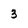
Character: 3